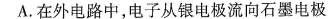
A.在外电路中，电子从银电极流向石墨电极